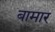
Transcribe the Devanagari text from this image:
बामार